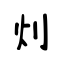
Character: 灲